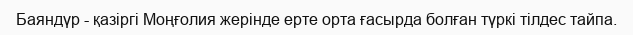
Баяндүр - қазіргі Моңғолия жерінде ерте орта ғасырда болған түркі тілдес тайпа.